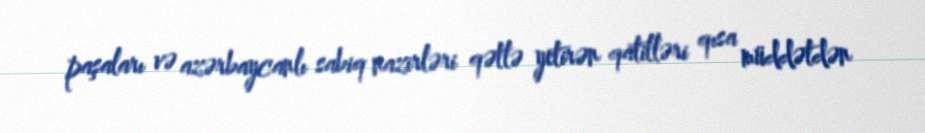
paşaları və azərbaycanlı sabiq nazirləri qətlə yetirən qatilləri qısa müddətdən